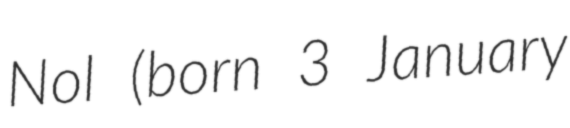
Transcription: Nol (born 3 January